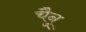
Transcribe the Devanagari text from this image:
चैनु